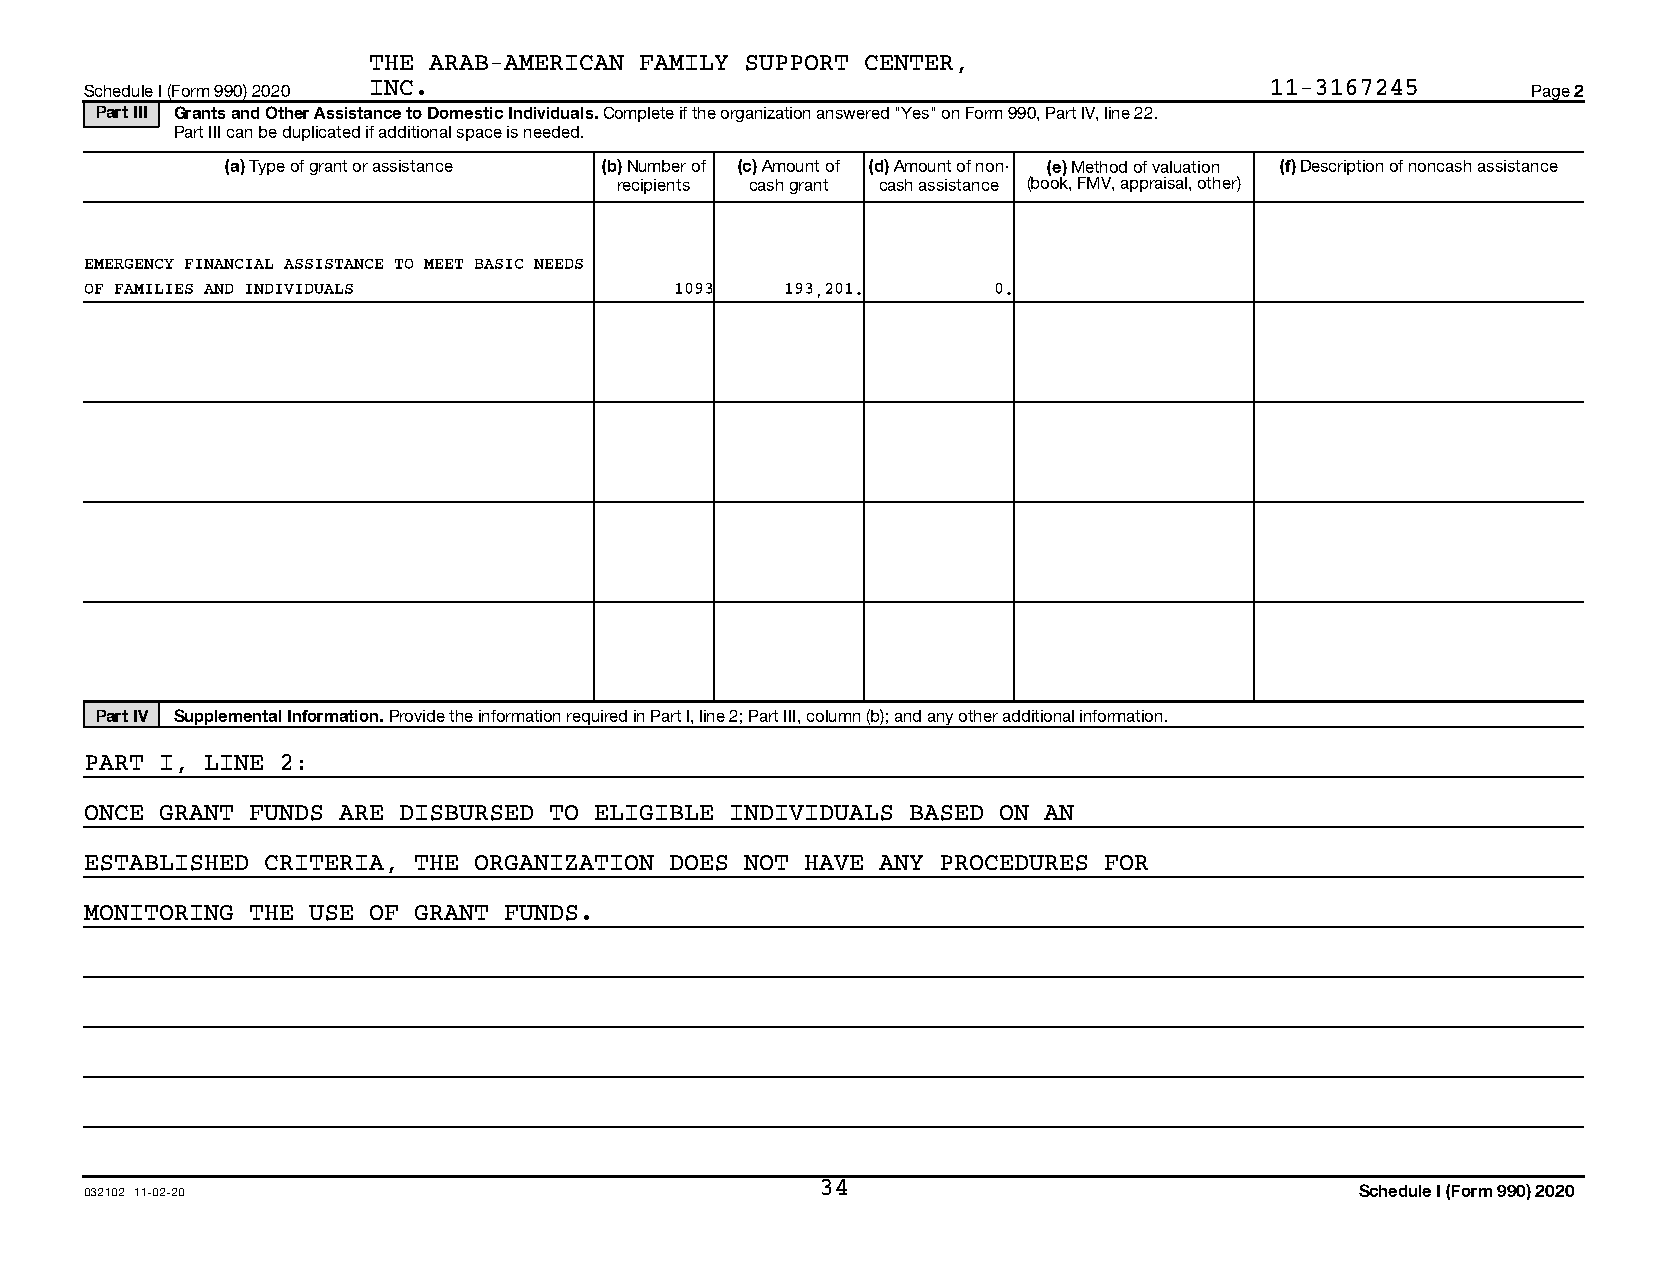
THE ARAB-AMERICAN FAMILY SUPPORT CENTER,
 Schedule I (Form 990) 2020 INC.                                               11-3167245       Page 2
 Part III Grants and Other Assistance to Domestic Individuals. Complete if the organization answered "Yes" on Form 990, Part IV, line 22.
 Part III can be duplicated if additional space is needed.
 (a) Type of grant or assistance (b) Number of (c) Amount of (d) Amount of non- (e) Method of valuation (f) Description of noncash assistance
 recipients cash grant cash assistance (book, FMV, appraisal, other)
 EMERGENCY FINANCIAL ASSISTANCE TO MEET BASIC NEEDS
 OF FAMILIES AND INDIVIDUALS            1093   193,201.      0.
 Part IV Supplemental Information. Provide the information required in Part I, line 2; Part III, column (b); and any other additional information.
 PART I, LINE 2:
 ONCE GRANT FUNDS ARE DISBURSED TO ELIGIBLE INDIVIDUALS BASED ON AN
 ESTABLISHED CRITERIA, THE ORGANIZATION DOES NOT HAVE ANY PROCEDURES FOR
 MONITORING THE USE OF GRANT FUNDS.
 032102 11-02-20                                 34                                  Schedule I (Form 990) 2020
 16531206 788028 13733.8AU01  2020.05000 THE ARAB-AMERICAN FAMILY SU 13733_81